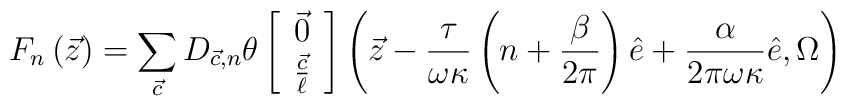
F_{n}\left({\vec z}\right) = \sum_{{\vec c}}D_{{\vec c},n}\theta\left[\begin{array}{c}{\vec 0} \\\frac{{\vec c}}{\ell} \end{array}\right]\left({\vec z}-\frac{\tau}{\omega\kappa}\left(n+\frac{\beta}{2\pi}\right){\hat e}+\frac{\alpha}{2\pi\omega\kappa}{\hat e},\Omega\right)